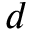
d